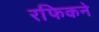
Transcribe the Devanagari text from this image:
रफिकने